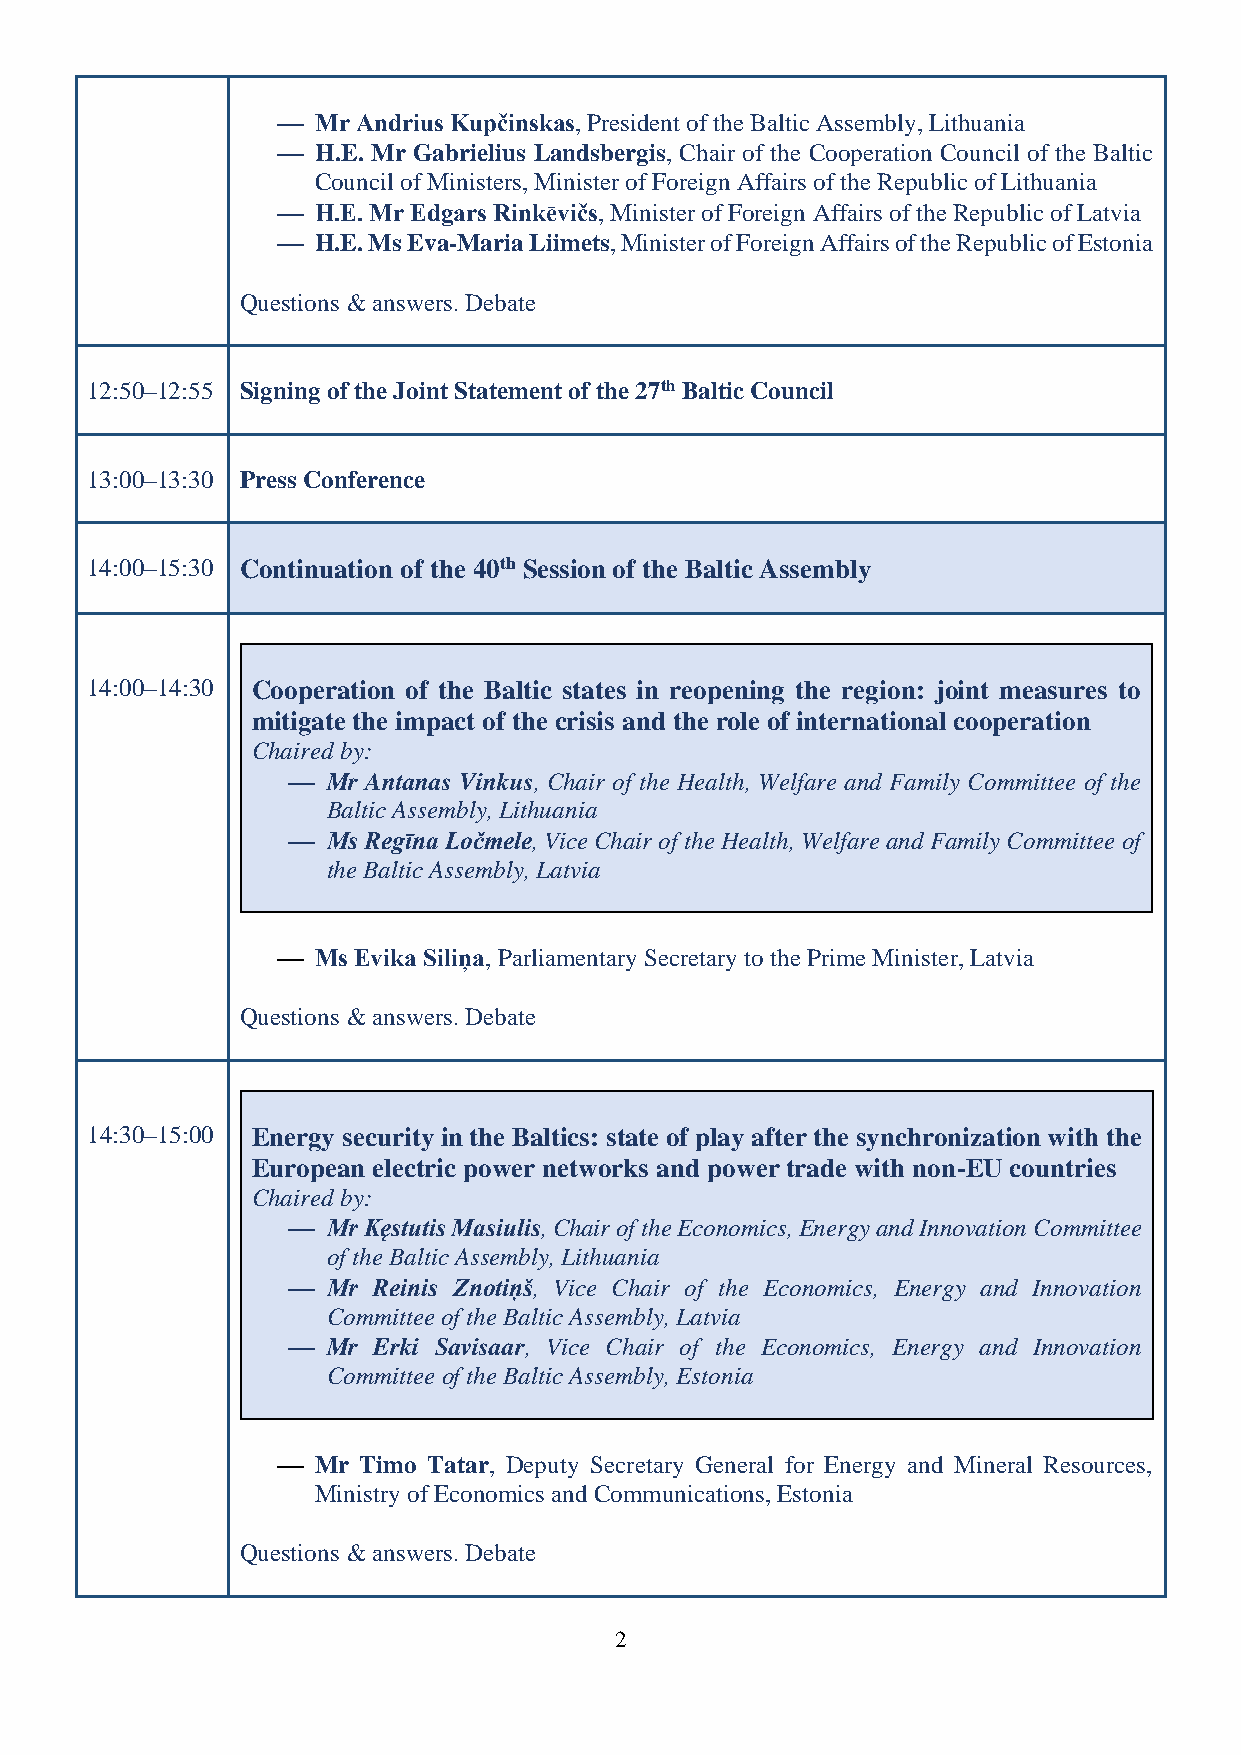
⎯  Mr Andrius Kupčinskas, President of the Baltic Assembly, Lithuania
 ⎯  H.E. Mr Gabrielius Landsbergis, Chair of the Cooperation Council of the Baltic
 Council of Ministers, Minister of Foreign Affairs of the Republic of Lithuania
 ⎯  H.E. Mr Edgars Rinkēvičs, Minister of Foreign Affairs of the Republic of Latvia
 ⎯  H.E. Ms Eva-Maria Liimets, Minister of Foreign Affairs of the Republic of Estonia
 Questions  answers. Debate
 12:50–12:55 Signing of the Joint Statement of the 27th Baltic Council
 13:00–13:30 Press Conference
 14:00–15:30 Continuation of the 40th Session of the Baltic Assembly
 14:00–14:30 Cooperation of the Baltic states in reopening the region: joint measures to
 mitigate the impact of the crisis and the role of international cooperation
 Chaired by:
 ⎯  Mr Antanas Vinkus, Chair of the Health, Welfare and Family Committee of the
 Baltic Assembly, Lithuania
 ⎯  Ms Regīna Ločmele, Vice Chair of the Health, Welfare and Family Committee of
 the Baltic Assembly, Latvia
 ⎯  Ms Evika Siliņa, Parliamentary Secretary to the Prime Minister, Latvia
 Questions  answers. Debate
 14:30–15:00 Energy security in the Baltics: state of play after the synchronization with the
 European electric power networks and power trade with non-EU countries
 Chaired by:
 ⎯  Mr Kęstutis Masiulis, Chair of the Economics, Energy and Innovation Committee
 of the Baltic Assembly, Lithuania
 ⎯  Mr Reinis Znotiņš, Vice Chair of the Economics, Energy and Innovation
 Committee of the Baltic Assembly, Latvia
 ⎯  Mr Erki Savisaar, Vice Chair of the Economics, Energy and Innovation
 Committee of the Baltic Assembly, Estonia
 ⎯  Mr Timo Tatar, Deputy Secretary General for Energy and Mineral Resources,
 Ministry of Economics and Communications, Estonia
 Questions  answers. Debate
 2